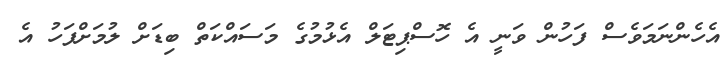
އެހެންނަމަވެސް ފަހުން ވަނީ އެ ހޮސްޕިޓަލް އެޅުމުގެ މަސައްކަތް ބިޑަށް ލުމަށްފަހު އެ